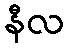
နီလ